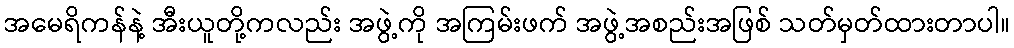
အမေရိကန်နဲ့ အီးယူတို့ကလည်း အဖွဲ့ကို အကြမ်းဖက် အဖွဲ့အစည်းအဖြစ် သတ်မှတ်ထားတာပါ။